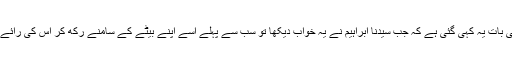
وہاں پہلی بات یہ کہی گئی ہے کہ جب سیدنا ابراہیم نے یہ خواب دیکھا تو سب سے پہلے اسے اپنے بیٹے کے سامنے رکھ کر اس کی رائے پوچھی۔